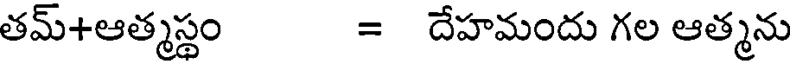
తమ్+ఆత్మస్థం = దేహమందు గల ఆత్మను